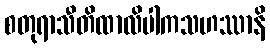
စတုရာသီတိထာလိပါကသဟဿာနိ